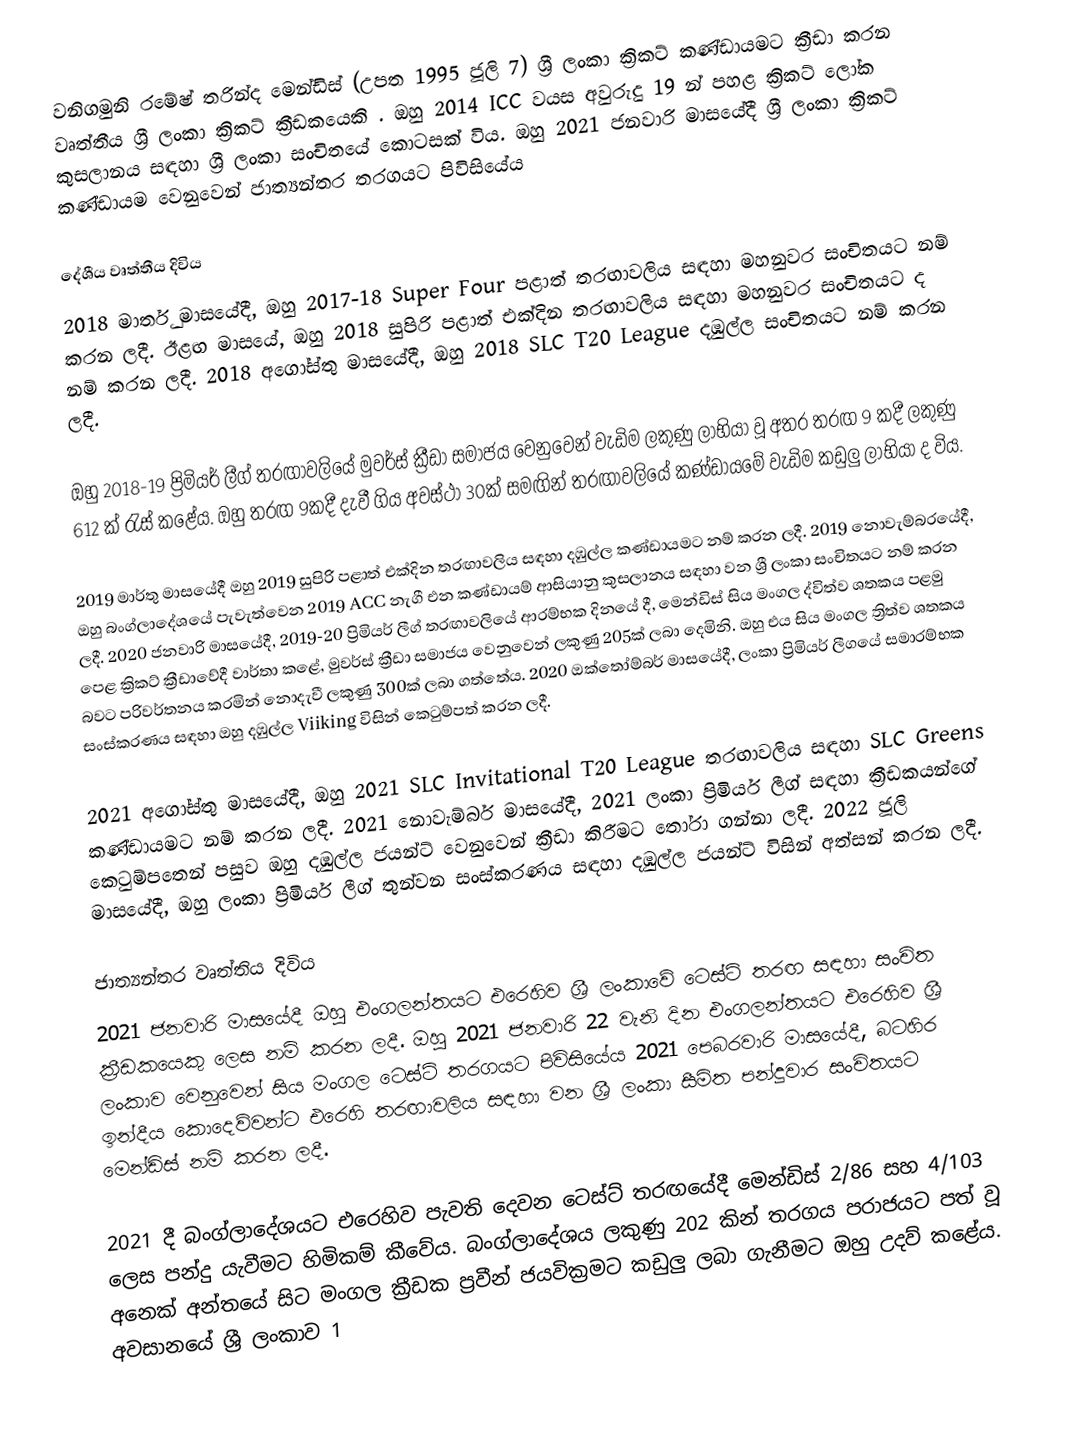
වනිගමුනි රමේෂ් තරින්ද මෙන්ඩිස් (උපත 1995 ජූලි 7) ශ්‍රී ලංකා ක්‍රිකට් කණ්ඩායමට ක්‍රීඩා කරන වෘත්තීය ශ්‍රී ලංකා ක්‍රිකට් ක්‍රීඩකයෙකි . ඔහු 2014 ICC වයස අවුරුදු 19 න් පහළ ක්‍රිකට් ලෝක කුසලානය සඳහා ශ්‍රී ලංකා සංචිතයේ කොටසක් විය. ඔහු 2021 ජනවාරි මාසයේදී ශ්‍රී ලංකා ක්‍රිකට් කණ්ඩායම වෙනුවෙන් ජාත්‍යන්තර තරගයට පිවිසියේය

දේශීය වෘත්තීය දිවිය
2018 මාර්තු මාසයේදී, ඔහු 2017-18 Super Four පළාත් තරඟාවලිය සඳහා මහනුවර සංචිතයට නම් කරන ලදී.   ඊළඟ මාසයේ, ඔහු 2018 සුපිරි පළාත් එක්දින තරඟාවලිය සඳහා මහනුවර සංචිතයට ද නම් කරන ලදී.  2018 අගෝස්තු මාසයේදී, ඔහු 2018 SLC T20 League දඹුල්ල සංචිතයට නම් කරන ලදී.

ඔහු 2018-19 ප්‍රිමියර් ලීග් තරඟාවලියේ මුවර්ස් ක්‍රීඩා සමාජය වෙනුවෙන් වැඩිම ලකුණු ලාභියා වූ අතර තරඟ 9 කදී ලකුණු 612 ක් රැස් කළේය.  ඔහු තරඟ 9කදී දැවී ගිය අවස්ථා 30ක් සමඟින් තරඟාවලියේ කණ්ඩායමේ වැඩිම කඩුලු ලාභියා ද විය.

2019 මාර්තු මාසයේදී ඔහු 2019 සුපිරි පළාත් එක්දින තරඟාවලිය සඳහා දඹුල්ල කණ්ඩායමට නම් කරන ලදී.  2019 නොවැම්බරයේදී, ඔහු බංග්ලාදේශයේ පැවැත්වෙන 2019 ACC නැගී එන කණ්ඩායම් ආසියානු කුසලානය සඳහා වන ශ්‍රී ලංකා සංචිතයට නම් කරන ලදී.  2020 ජනවාරි මාසයේදී, 2019-20 ප්‍රිමියර් ලීග් තරඟාවලියේ ආරම්භක දිනයේ දී, මෙන්ඩිස් සිය මංගල ද්විත්ව ශතකය පළමු පෙළ ක්‍රිකට් ක්‍රීඩාවේදී වාර්තා කළේ, මුවර්ස් ක්‍රීඩා සමාජය වෙනුවෙන් ලකුණු 205ක් ලබා දෙමිනි.  ඔහු එය සිය මංගල ත්‍රිත්ව ශතකය බවට පරිවර්තනය කරමින් නොදැවී ලකුණු 300ක් ලබා ගත්තේය.  2020 ඔක්තෝම්බර් මාසයේදී, ලංකා ප්‍රිමියර් ලීගයේ සමාරම්භක සංස්කරණය සඳහා ඔහු දඹුල්ල Viiking විසින් කෙටුම්පත් කරන ලදී.

2021 අගෝස්තු මාසයේදී, ඔහු 2021 SLC Invitational T20 League තරඟාවලිය සඳහා SLC Greens කණ්ඩායමට නම් කරන ලදී.  2021 නොවැම්බර් මාසයේදී, 2021 ලංකා ප්‍රිමියර් ලීග් සඳහා ක්‍රීඩකයන්ගේ කෙටුම්පතෙන් පසුව ඔහු දඹුල්ල ජයන්ට් වෙනුවෙන් ක්‍රීඩා කිරීමට තෝරා ගන්නා ලදී.  2022 ජූලි මාසයේදී, ඔහු ලංකා ප්‍රිමියර් ලීග් තුන්වන සංස්කරණය සඳහා දඹුල්ල ජයන්ට් විසින් අත්සන් කරන ලදී.

ජාත්‍යන්තර වෘත්තිය දිවිය
2021 ජනවාරි මාසයේදී ඔහු එංගලන්තයට එරෙහිව ශ්‍රී ලංකාවේ ටෙස්ට් තරඟ සඳහා සංචිත ක්‍රීඩකයෙකු ලෙස නම් කරන ලදී.   ඔහු 2021 ජනවාරි 22 වැනි දින එංගලන්තයට එරෙහිව ශ්‍රී ලංකාව වෙනුවෙන් සිය මංගල ටෙස්ට් තරගයට පිවිසියේය  2021 පෙබරවාරි මාසයේදී, බටහිර ඉන්දීය කොදෙව්වන්ට එරෙහි තරඟාවලිය සඳහා වන ශ්‍රී ලංකා සීමිත පන්දුවාර සංචිතයට මෙන්ඩිස් නම් කරන ලදී.

2021 දී බංග්ලාදේශයට එරෙහිව පැවති දෙවන ටෙස්ට් තරඟයේදී මෙන්ඩිස් 2/86 සහ 4/103 ලෙස පන්දු යැවීමට හිමිකම් කීවේය.  බංග්ලාදේශය ලකුණු 202 කින් තරගය පරාජයට පත් වූ අනෙක් අන්තයේ සිට මංගල ක්‍රීඩක ප්‍රවීන් ජයවික්‍රමට කඩුලු ලබා ගැනීමට ඔහු උදව් කළේය. අවසානයේ ශ්‍රී ලංකාව 1